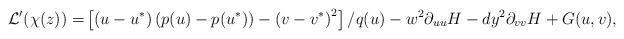
LaTeX: \begin{align*}\mathcal{L}'(\chi(z))=&\left[\left(u-u^*\right)(p(u)-p(u^*))-\left(v-v^*\right)^2\right]/q(u)-w^2 \partial_{uu} H-dy^2 \partial_{vv} H+G(u,v),\end{align*}